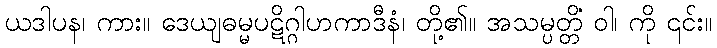
ယဒါပန၊ ကား။ ဒေယျဓမ္မပဋိဂ္ဂါဟကာဒီနံ၊ တို့၏။ အသမ္ပတ္တိံ ဝါ၊ ကို ၎င်း။